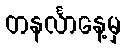
တနင်္လာနေ့မှ